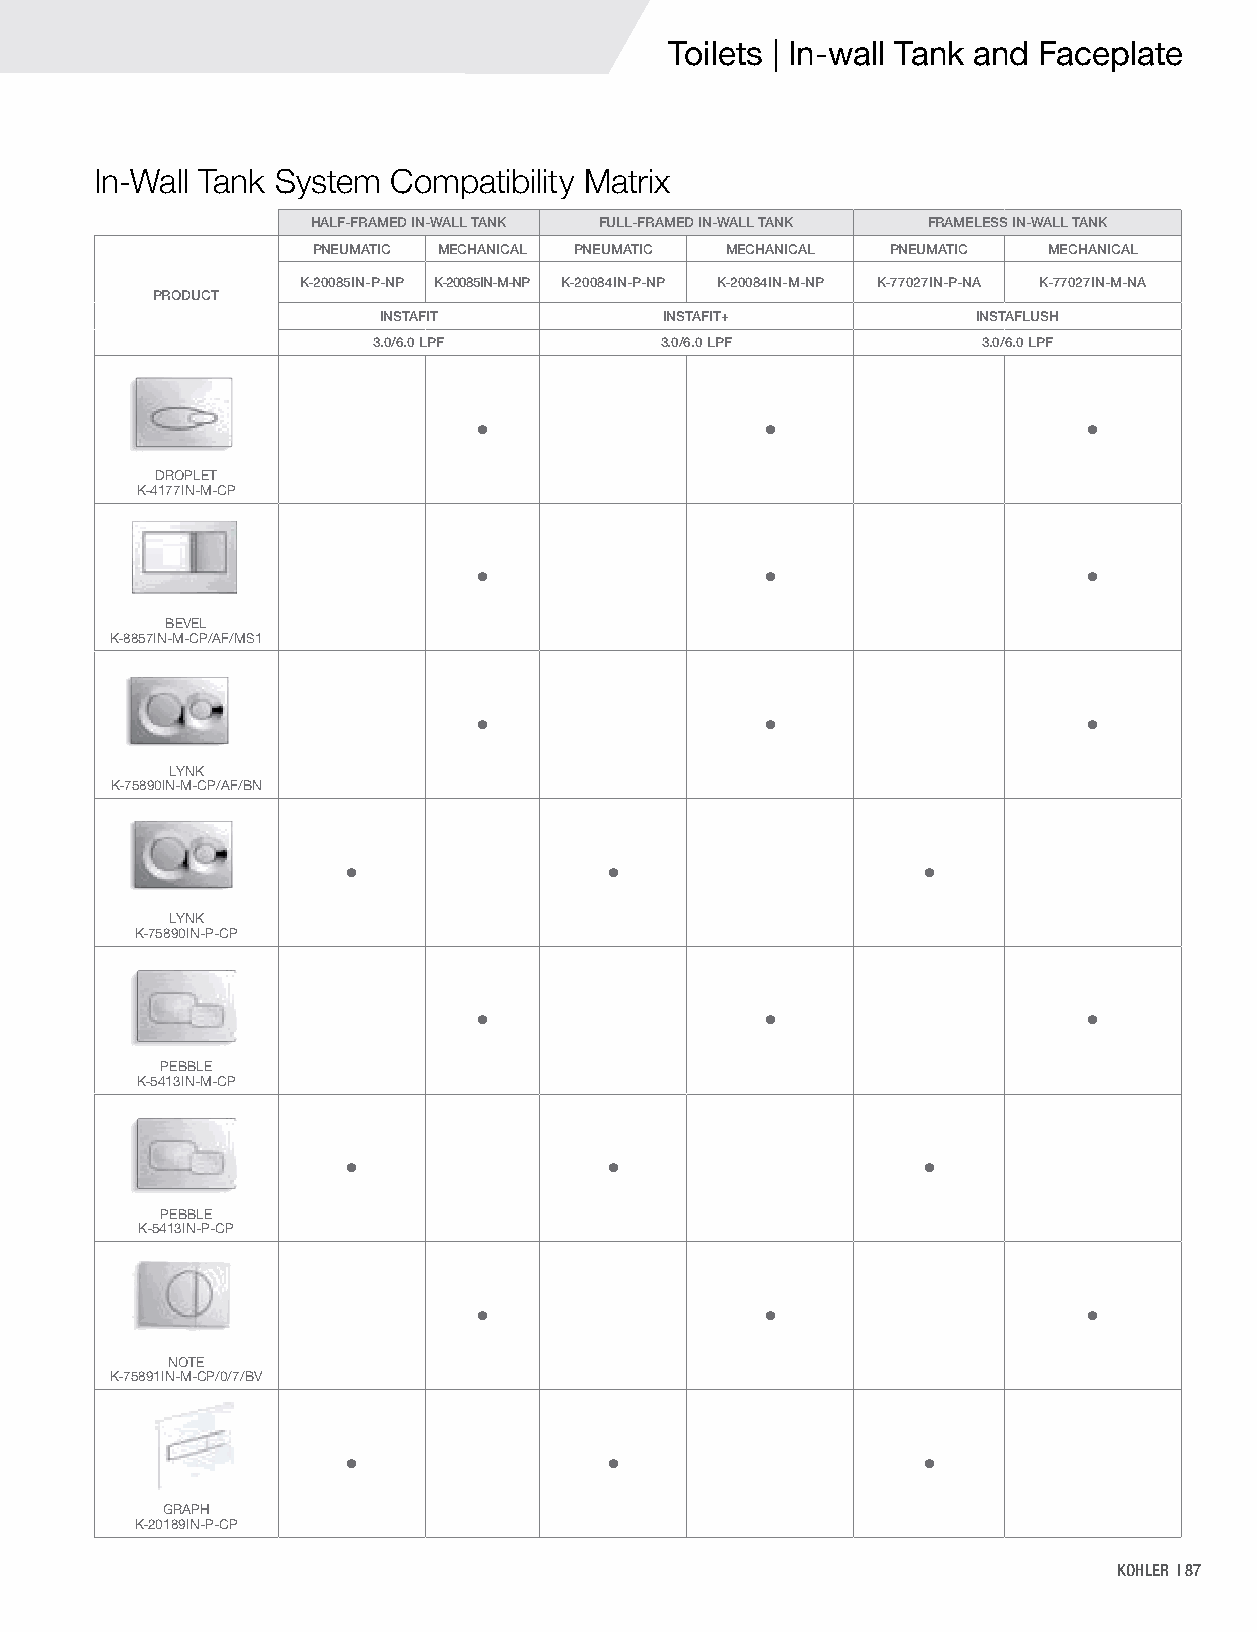
Toilets | In-wall Tank and Faceplate
 In-Wall Tank System Compatibility Matrix
 HALF-FRAMED IN-WALL TANK FULL-FRAMED IN-WALL TANK FRAMELESS IN-WALL TANK
 PNEUMATIC MECHANICAL PNEUMATIC MECHANICAL PNEUMATIC MECHANICAL
 K-20085IN-P-NP K-20085IN-M-NP K-20084IN-P-NP K-20084IN-M-NP K-77027IN-P-NA K-77027IN-M-NA
 PRODUCT
 INSTAFIT           INSTAFIT+            INSTAFLUSH
 3.0/6.0 LPF        3.0/6.0 LPF          3.0/6.0 LPF
 •                   •                    •
 DROPLET
 K-4177IN-M-CP
 •                   •                    •
 BEVEL
 K-8857IN-M-CP/AF/MS1
 •                   •                    •
 LYNK
 K-75890IN-M-CP/AF/BN
 •                •                    •
 LYNK
 K-75890IN-P-CP
 •                   •                    •
 PEBBLE
 K-5413IN-M-CP
 •                •                    •
 PEBBLE
 K-5413IN-P-CP
 •                   •                    •
 NOTE
 K-75891IN-M-CP/0/7/BV
 •                •                    •
 GRAPH
 K-20189IN-P-CP
 KOHLER | 87